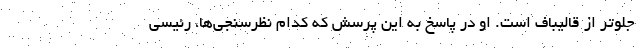
جلوتر از قالیباف است. او در پاسخ به این پرسش که کدام نظرسنجی‌ها، رئیسی